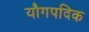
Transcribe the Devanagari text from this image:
यौगपदिक